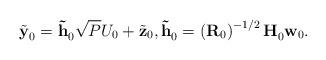
LaTeX: \begin{align*}\tilde{\textbf{y}}_{0}^{} &= \mathbf{\tilde{h}}_{0}^{} \sqrt{P} U_{0}+\tilde{\textbf{z}}_{0}, {\mathbf{\tilde{h}}_{0}^{}}={\left(\textbf{R}_{0}\right)^{-1/2} \textbf{H}_{0}^{} \textbf{w}_{0}}. &&\end{align*}